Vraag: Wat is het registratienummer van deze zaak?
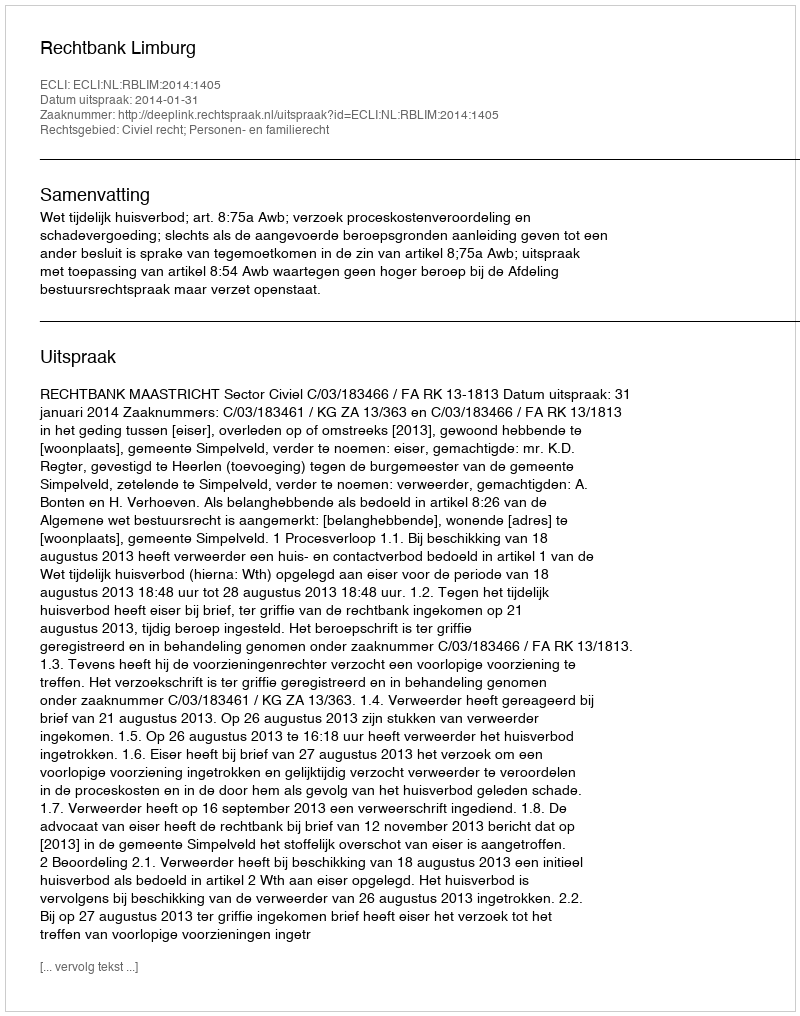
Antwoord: http://deeplink.rechtspraak.nl/uitspraak?id=ECLI:NL:RBLIM:2014:1405